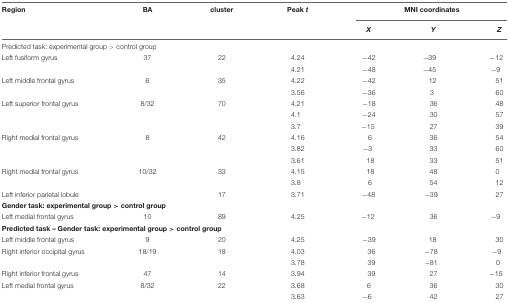
<table><thead><tr><td><b>Region</b></td><td><b>BA</b></td><td><b>cluster</b></td><td><b>Peak <i>t</i></b></td><td colspan="3"><b>MNI coordinates</b></td></tr><tr><td></td><td></td><td></td><td></td><td><b><i>X</i></b></td><td><b><i>Y</i></b></td><td><b><i>Z</i></b></td></tr></thead><tbody><tr><td colspan="7">Predicted task: experimental group &gt; control group</td></tr><tr><td>Left fusiform gyrus</td><td>37</td><td>22</td><td>4.24</td><td>-42</td><td>-39</td><td>-12</td></tr><tr><td></td><td></td><td></td><td>4.21</td><td>-48</td><td>-45</td><td>-9</td></tr><tr><td>Left middle frontal gyrus</td><td>6</td><td>35</td><td>4.22</td><td>-42</td><td>12</td><td>51</td></tr><tr><td></td><td></td><td></td><td>3.56</td><td>-36</td><td>3</td><td>60</td></tr><tr><td>Left superior frontal gyrus</td><td>8/32</td><td>70</td><td>4.21</td><td>-18</td><td>36</td><td>48</td></tr><tr><td></td><td></td><td></td><td>4.1</td><td>-24</td><td>30</td><td>57</td></tr><tr><td></td><td></td><td></td><td>3.7</td><td>-15</td><td>27</td><td>39</td></tr><tr><td>Right medial frontal gyrus</td><td>8</td><td>42</td><td>4.16</td><td>6</td><td>36</td><td>54</td></tr><tr><td></td><td></td><td></td><td>3.82</td><td>-3</td><td>33</td><td>60</td></tr><tr><td></td><td></td><td></td><td>3.61</td><td>18</td><td>33</td><td>51</td></tr><tr><td>Right medial frontal gyrus</td><td>10/32</td><td>33</td><td>4.15</td><td>18</td><td>48</td><td>0</td></tr><tr><td></td><td></td><td></td><td>3.8</td><td>6</td><td>54</td><td>12</td></tr><tr><td>Left inferior parietal lobule</td><td></td><td>17</td><td>3.71</td><td>-48</td><td>-39</td><td>27</td></tr><tr><td colspan="7"><b>Gender task: experimental group &gt; control group</b></td></tr><tr><td>Left medial frontal gyrus</td><td>10</td><td>89</td><td>4.25</td><td>-12</td><td>36</td><td>-9</td></tr><tr><td colspan="7"><b>Predicted task – Gender task: experimental group &gt; control group</b></td></tr><tr><td>Left middle frontal gyrus</td><td>9</td><td>20</td><td>4.25</td><td>-39</td><td>18</td><td>30</td></tr><tr><td>Right inferior occipital gyrus</td><td>18/19</td><td>18</td><td>4.03</td><td>36</td><td>-78</td><td>-9</td></tr><tr><td></td><td></td><td></td><td>3.78</td><td>39</td><td>-81</td><td>0</td></tr><tr><td>Right inferior frontal gyrus</td><td>47</td><td>14</td><td>3.94</td><td>39</td><td>27</td><td>-15</td></tr><tr><td>Left medial frontal gyrus</td><td>8/32</td><td>22</td><td>3.68</td><td>6</td><td>36</td><td>30</td></tr><tr><td></td><td></td><td></td><td>3.63</td><td>-6</td><td>42</td><td>27</td></tr></tbody></table>